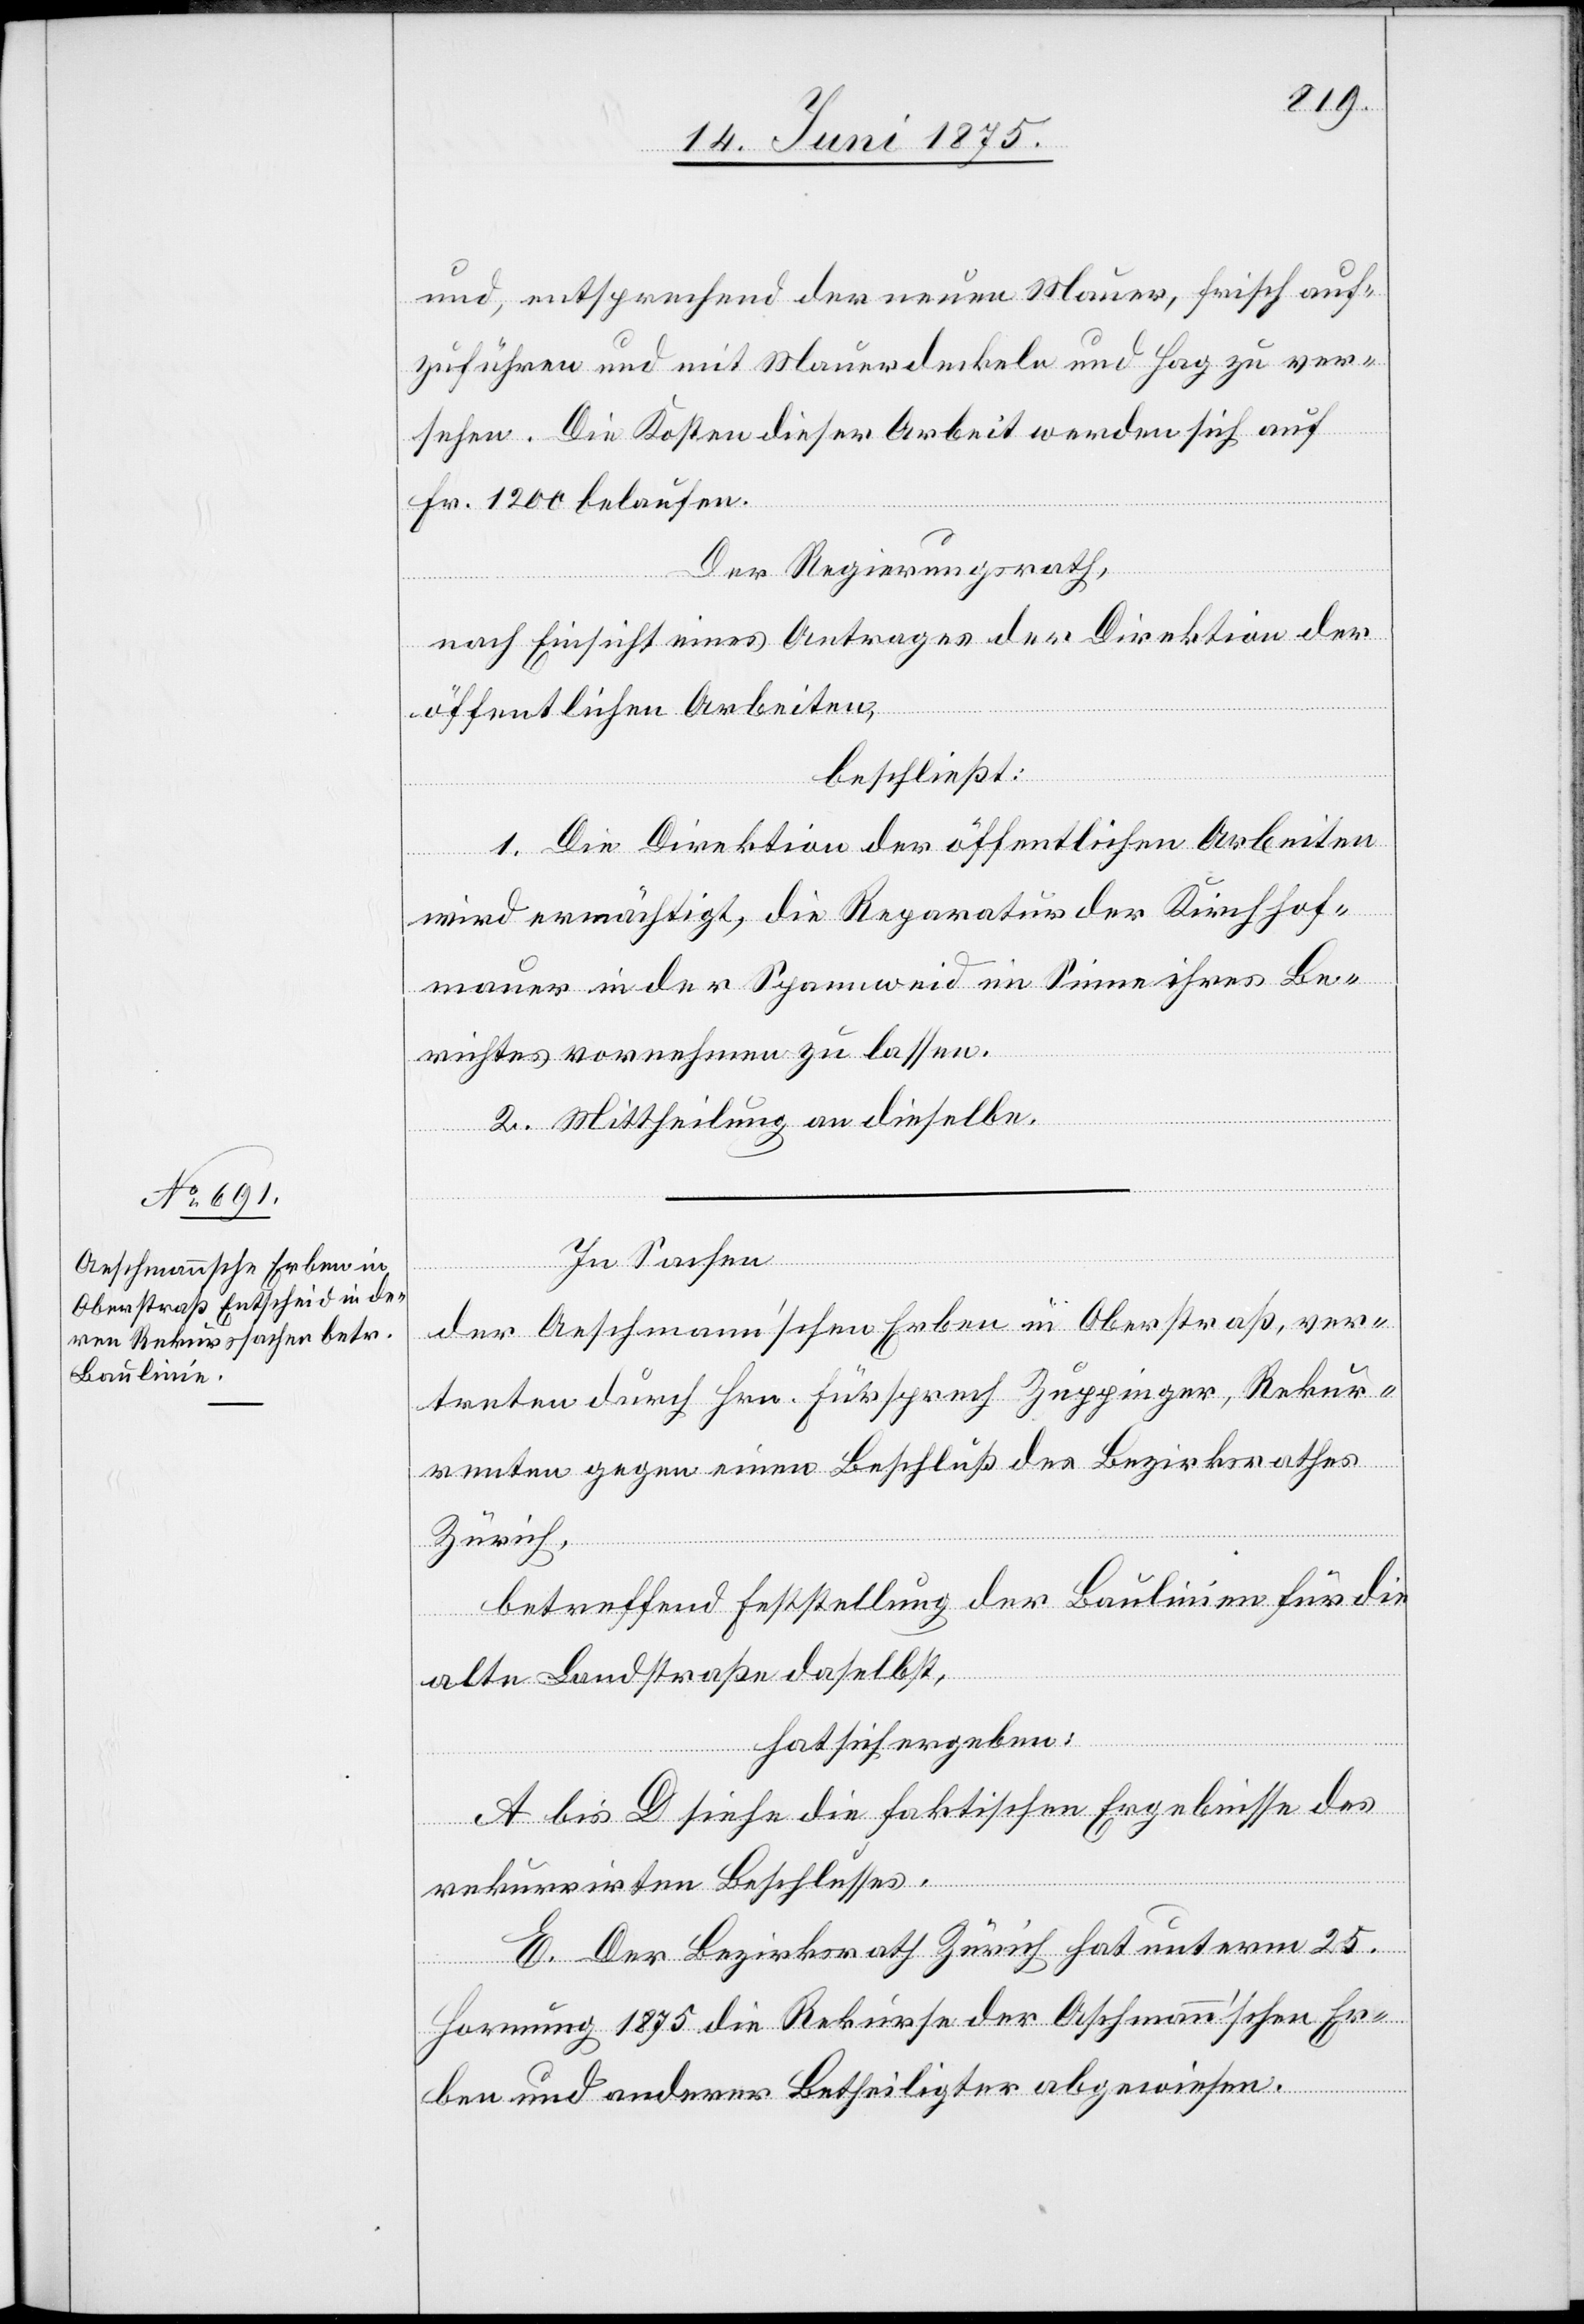
und, entsprechend der neuen Mauer, frisch auf¬
zuführen und mit Mauerdeckeln und Hag zu ver¬
sehen. Die Kosten dieser Arbeit werden sich auf
Fr. 1200 belaufen.
Der Regierungsrath,
nach Einsicht eines Antrages der Direktion der
öffentlichen Arbeiten,
beschließt:
1. Die Direktion der öffentlichen Arbeiten
wird ermächtigt, die Reparatur der Kirchhof¬
mauer in der Spannweif im Sinne ihres Be¬
richtes vornehmen zu lassen.
2. Mittheilung an dieselbe.
In Sachen
der Aeschmann’schen Erben in Oberstraß, ver¬
treten durch Hrn. Fürsprech Zuppinger, Rekur¬
renten gegen einen Beschluß des Bezirksrathes
Zürich,
betreffend Feststellung der Baulinien für die
alte Landstraße daselbst,
hat sich ergeben:
A bis D siehe die faktischen Ergebnisse des
rekurrirten Beschlusses.
E. Der Bezirksrath Zürich hat unterm 25.
Hornung 1875 die Rekurse der A[e]schmann’schen Er¬
ben und anderer Betheiligter abgewiesen.